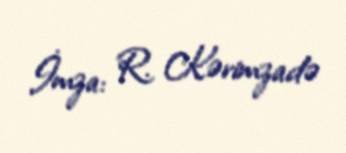
İmza: R. Kərimzadə